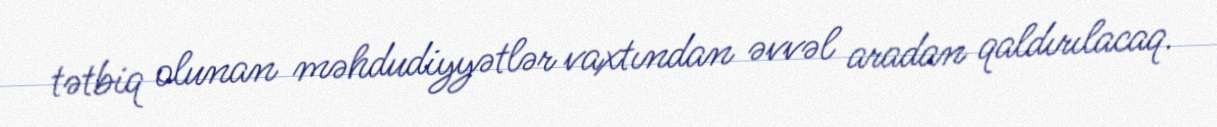
tətbiq olunan məhdudiyyətlər vaxtından əvvəl aradan qaldırılacaq.